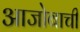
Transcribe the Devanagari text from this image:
आजोबाची